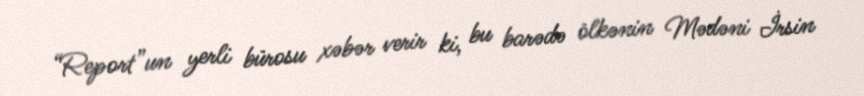
“Report”un yerli bürosu xəbər verir ki, bu barədə ölkənin Mədəni İrsin